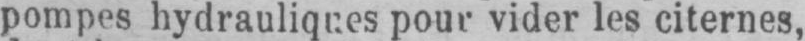
pompes hydrauliques pour vider les citernes,